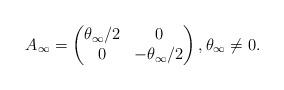
LaTeX: \begin{align*}A_\infty=\begin{pmatrix}\theta_\infty/2 & 0 \\ 0 & -\theta_\infty/2\end{pmatrix}, \theta_\infty\ne 0.\end{align*}